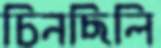
চিনছিলি